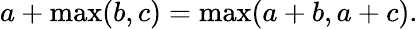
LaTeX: a+\operatorname*{max}(b,c)=\operatorname*{max}(a+b,a+c).